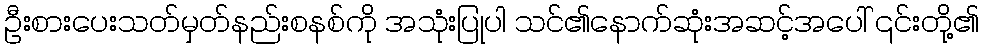
ဦးစားပေးသတ်မှတ်နည်းစနစ်ကို အသုံးပြုပါ သင်၏နောက်ဆုံးအဆင့်အပေါ် ၎င်းတို့၏